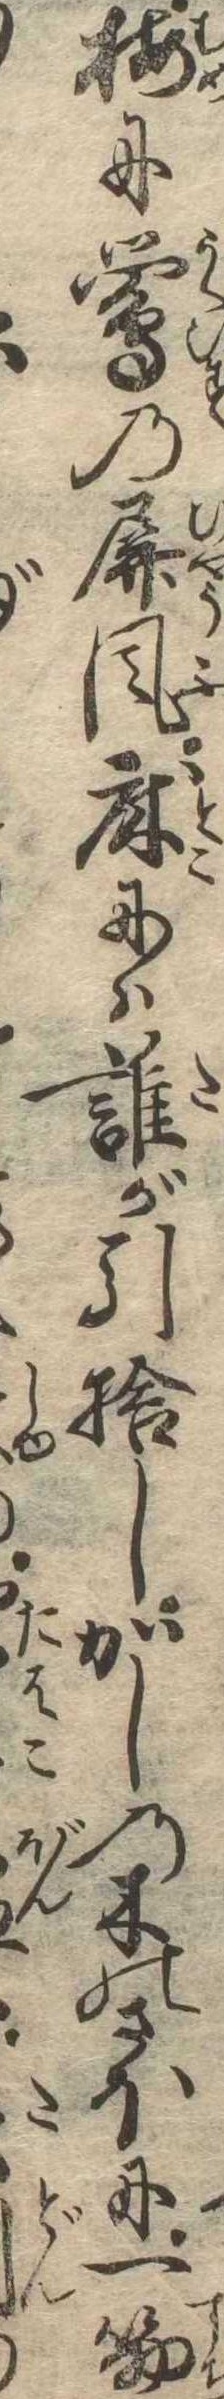
梅に鴬の屏風床には誰が引捨しかしの木のさほに一筋